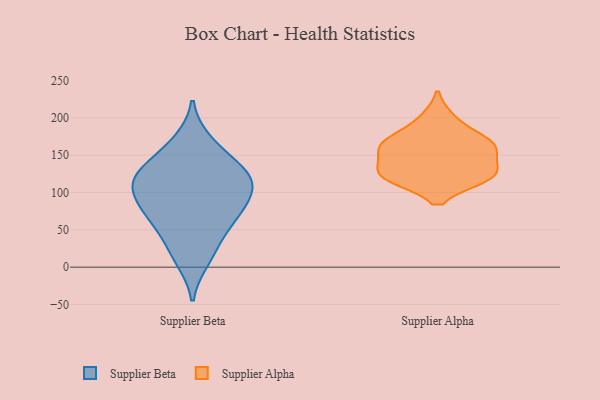
{"axis": {"x": "Tickets Resolved", "y": "Value"}, "legend": ["Supplier Alpha", "Supplier Beta"], "data": [{"x": "", "y": 124, "type": "Supplier Beta"}, {"x": "", "y": 116, "type": "Supplier Beta"}, {"x": "", "y": 29, "type": "Supplier Beta"}, {"x": "", "y": 148, "type": "Supplier Beta"}, {"x": "", "y": 67, "type": "Supplier Beta"}, {"x": "", "y": 168, "type": "Supplier Beta"}, {"x": "", "y": 104, "type": "Supplier Beta"}, {"x": "", "y": 60, "type": "Supplier Beta"}, {"x": "", "y": 123, "type": "Supplier Beta"}, {"x": "", "y": 77, "type": "Supplier Beta"}, {"x": "", "y": 87, "type": "Supplier Beta"}, {"x": "", "y": 115, "type": "Supplier Beta"}, {"x": "", "y": 10, "type": "Supplier Beta"}, {"x": "", "y": 120, "type": "Supplier Alpha"}, {"x": "", "y": 170, "type": "Supplier Alpha"}, {"x": "", "y": 120, "type": "Supplier Alpha"}, {"x": "", "y": 122, "type": "Supplier Alpha"}, {"x": "", "y": 144, "type": "Supplier Alpha"}, {"x": "", "y": 125, "type": "Supplier Alpha"}, {"x": "", "y": 199, "type": "Supplier Alpha"}, {"x": "", "y": 157, "type": "Supplier Alpha"}, {"x": "", "y": 169, "type": "Supplier Alpha"}, {"x": "", "y": 162, "type": "Supplier Alpha"}]}